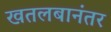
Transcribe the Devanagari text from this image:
खतलबानंतर